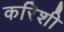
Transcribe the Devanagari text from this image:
करिशी